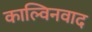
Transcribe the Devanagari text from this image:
काल्विनवाद